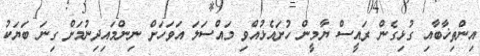
އިންތިޚާބާއި ގުޅިގެން ރައީސް ޔާމީން ހުށައެޅުއްވި މައްސަލަ އަވަހަށް ނިންމައިދިނުމަށް ގިނަ ބަޔަކު